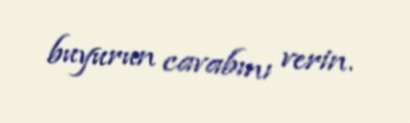
buyurun cavabını verin.